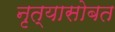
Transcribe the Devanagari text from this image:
नृत्यासोबत